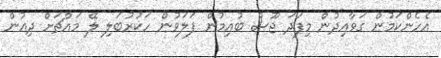
އެހެންކަމުން ގަވާއިދުން މިފަދަ ޖޫސް ބުއިމުން ފަލަވުން ހަކުރުބަލި ލޭ މައްޗަށް ދިއުން